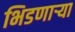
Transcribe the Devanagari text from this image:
भिडणार्‍या